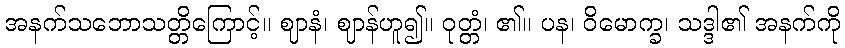
အနက်သဘောသတ္တိကြောင့်။ ဈာနံ၊ ဈာန်ဟူ၍။ ဝုတ္တံ၊ ၏။ ပန၊ ဝိမောက္ခ၊ သဒ္ဒါ၏ အနက်ကို